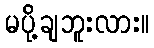
မပို့ချဘူးလား။